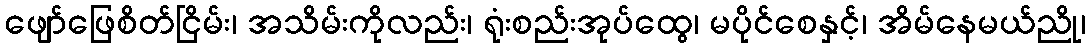
ဖျော်ဖြေစိတ်ငြိမ်း၊ အသိမ်းကိုလည်း၊ ရုံးစည်းအုပ်ထွေ၊ မပိုင်စေနှင့်၊ အိမ်နေမယ်ညို၊